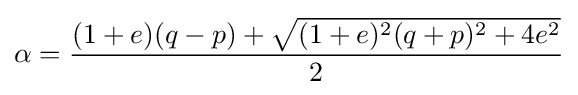
\alpha ={\frac {(1+e)(q-p)+{\sqrt {(1+e)^{2}(q+p)^{2}+4e^{2}}}}{2}}